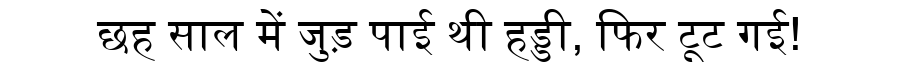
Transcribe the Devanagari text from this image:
छह साल में जुड़ पाई थी हड्डी, फिर टूट गई!